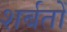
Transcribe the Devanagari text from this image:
शर्बतों